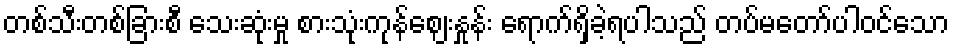
တစ်သီးတစ်ခြားစီ သေးဆုံးမှု စားသုံးကုန်ဈေးနှုန်း ရောက်ရှိခဲ့ရပါသည် တပ်မတော်ပါဝင်သော